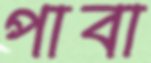
পাবা